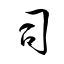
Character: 司